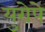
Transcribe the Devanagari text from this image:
युरोपे